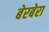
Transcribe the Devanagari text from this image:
बेरबेरा